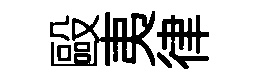
毆夷律